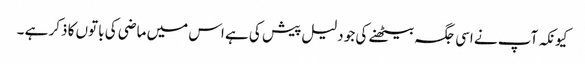
کیونکہ آپ نے اسی جگہ بیٹھنے کی جو دلیل پیش کی ہے اس میں ماضی کی باتوں کا ذکر ہے ۔